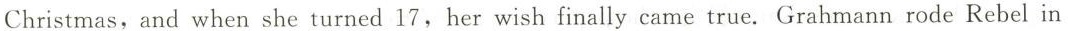
Christmas, and when she turned 17, her wish finally came true. Grahmann rode Rebel in